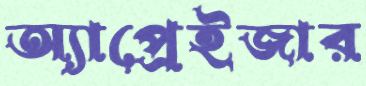
অ্যাপ্রেইজার